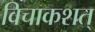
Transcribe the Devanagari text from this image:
विचाकशत्